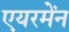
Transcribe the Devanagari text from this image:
एयरमेंन